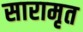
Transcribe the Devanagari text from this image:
सारामृत